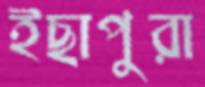
ইছাপুরা